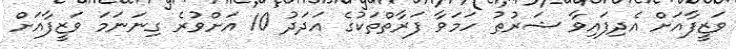
ވަޒީފާއަށް އެދިފައިވާ ޝަރުޠު ހަމަވާ ފަރާތްތަކުގެ އަދަދު 10 އަށްވުރެ ގިނަނަމަ ވަޒީފާއަށް